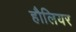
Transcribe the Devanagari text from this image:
हौलियर